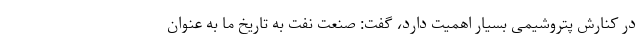
در کنارش پتروشیمی بسیار اهمیت دارد، گفت: صنعت نفت به تاریخ ما به عنوان